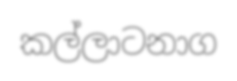
කල්ලාටනාග